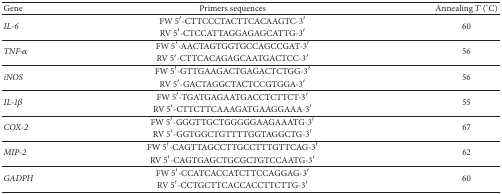
<table><thead><tr><td><b>Gene</b></td><td><b>Primers sequences</b></td><td><b>Annealing <i>T</i> (°C)</b></td></tr></thead><tbody><tr><td rowspan="2"><i>IL-6</i></td><td>FW 5′-CTTCCCTACTTCACAAGTC-3′</td><td rowspan="2">60</td></tr><tr><td>RV 5′-CTCCATTAGGAGAGCATTG-3′</td></tr><tr><td rowspan="2"><i>TNF-α</i></td><td>FW 5′-AACTAGTGGTGCCAGCCGAT-3′</td><td rowspan="2">56</td></tr><tr><td>RV 5′-CTTCACAGAGCAATGACTCC-3′</td></tr><tr><td rowspan="2"><i>iNOS</i></td><td>FW 5′-GTTGAAGACTGAGACTCTGG-3′</td><td rowspan="2">56</td></tr><tr><td>RV 5′-GACTAGGCTACTCCGTGGA-3′</td></tr><tr><td rowspan="2"><i>IL-1β</i></td><td>FW 5′-TGATGAGAATGACCTCTTCT-3′</td><td rowspan="2">55</td></tr><tr><td>RV 5′-CTTCTTCAAAGATGAAGGAAA-3′</td></tr><tr><td rowspan="2"><i>COX-2</i></td><td>FW 5′-GGGTTGCTGGGGGAAGAAATG-3′</td><td rowspan="2">67</td></tr><tr><td>RV 5′-GGTGGCTGTTTTGGTAGGCTG-3′</td></tr><tr><td rowspan="2"><i>MIP-2</i></td><td>FW 5′-CAGTTAGCCTTGCCTTTGTTCAG-3′</td><td rowspan="2">62</td></tr><tr><td>RV 5′-CAGTGAGCTGCGCTGTCCAATG-3′</td></tr><tr><td rowspan="2"><i>GADPH</i></td><td>FW 5′-CCATCACCATCTTCCAGGAG-3′</td><td rowspan="2">60</td></tr><tr><td>RV 5′-CCTGCTTCACCACCTTCTTG-3′</td></tr></tbody></table>